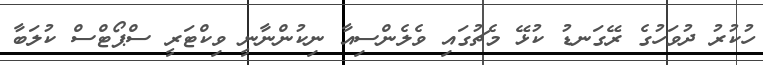
ހުކުރު ދުވަހުގެ ރޭގަނޑު ކުޅޭ މެޗުގައި ވެލެންސިއާ ނިކުންނާނީ ވިކްޓަރީ ސްޕޯޓްސް ކުލަބާ